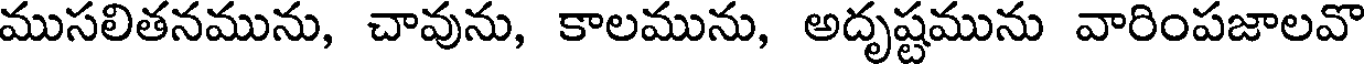
ముసలితనమును, చావును, కాలమును, అదృష్టమును వారింపజాలవొ